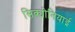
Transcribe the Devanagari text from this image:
सिक्योनियाई